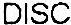
DISC